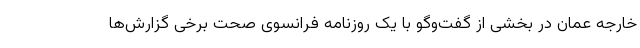
خارجه عمان در بخشی از گفت‌وگو با یک روزنامه فرانسوی صحت برخی گزارش‌ها